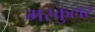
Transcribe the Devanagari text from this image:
मस्कुलर